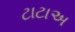
ટાટાઅ